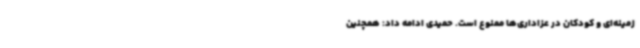
زمینه‌ای و کودکان در عزاداری‌ها ممنوع است. حمیدی ادامه داد: همچنین